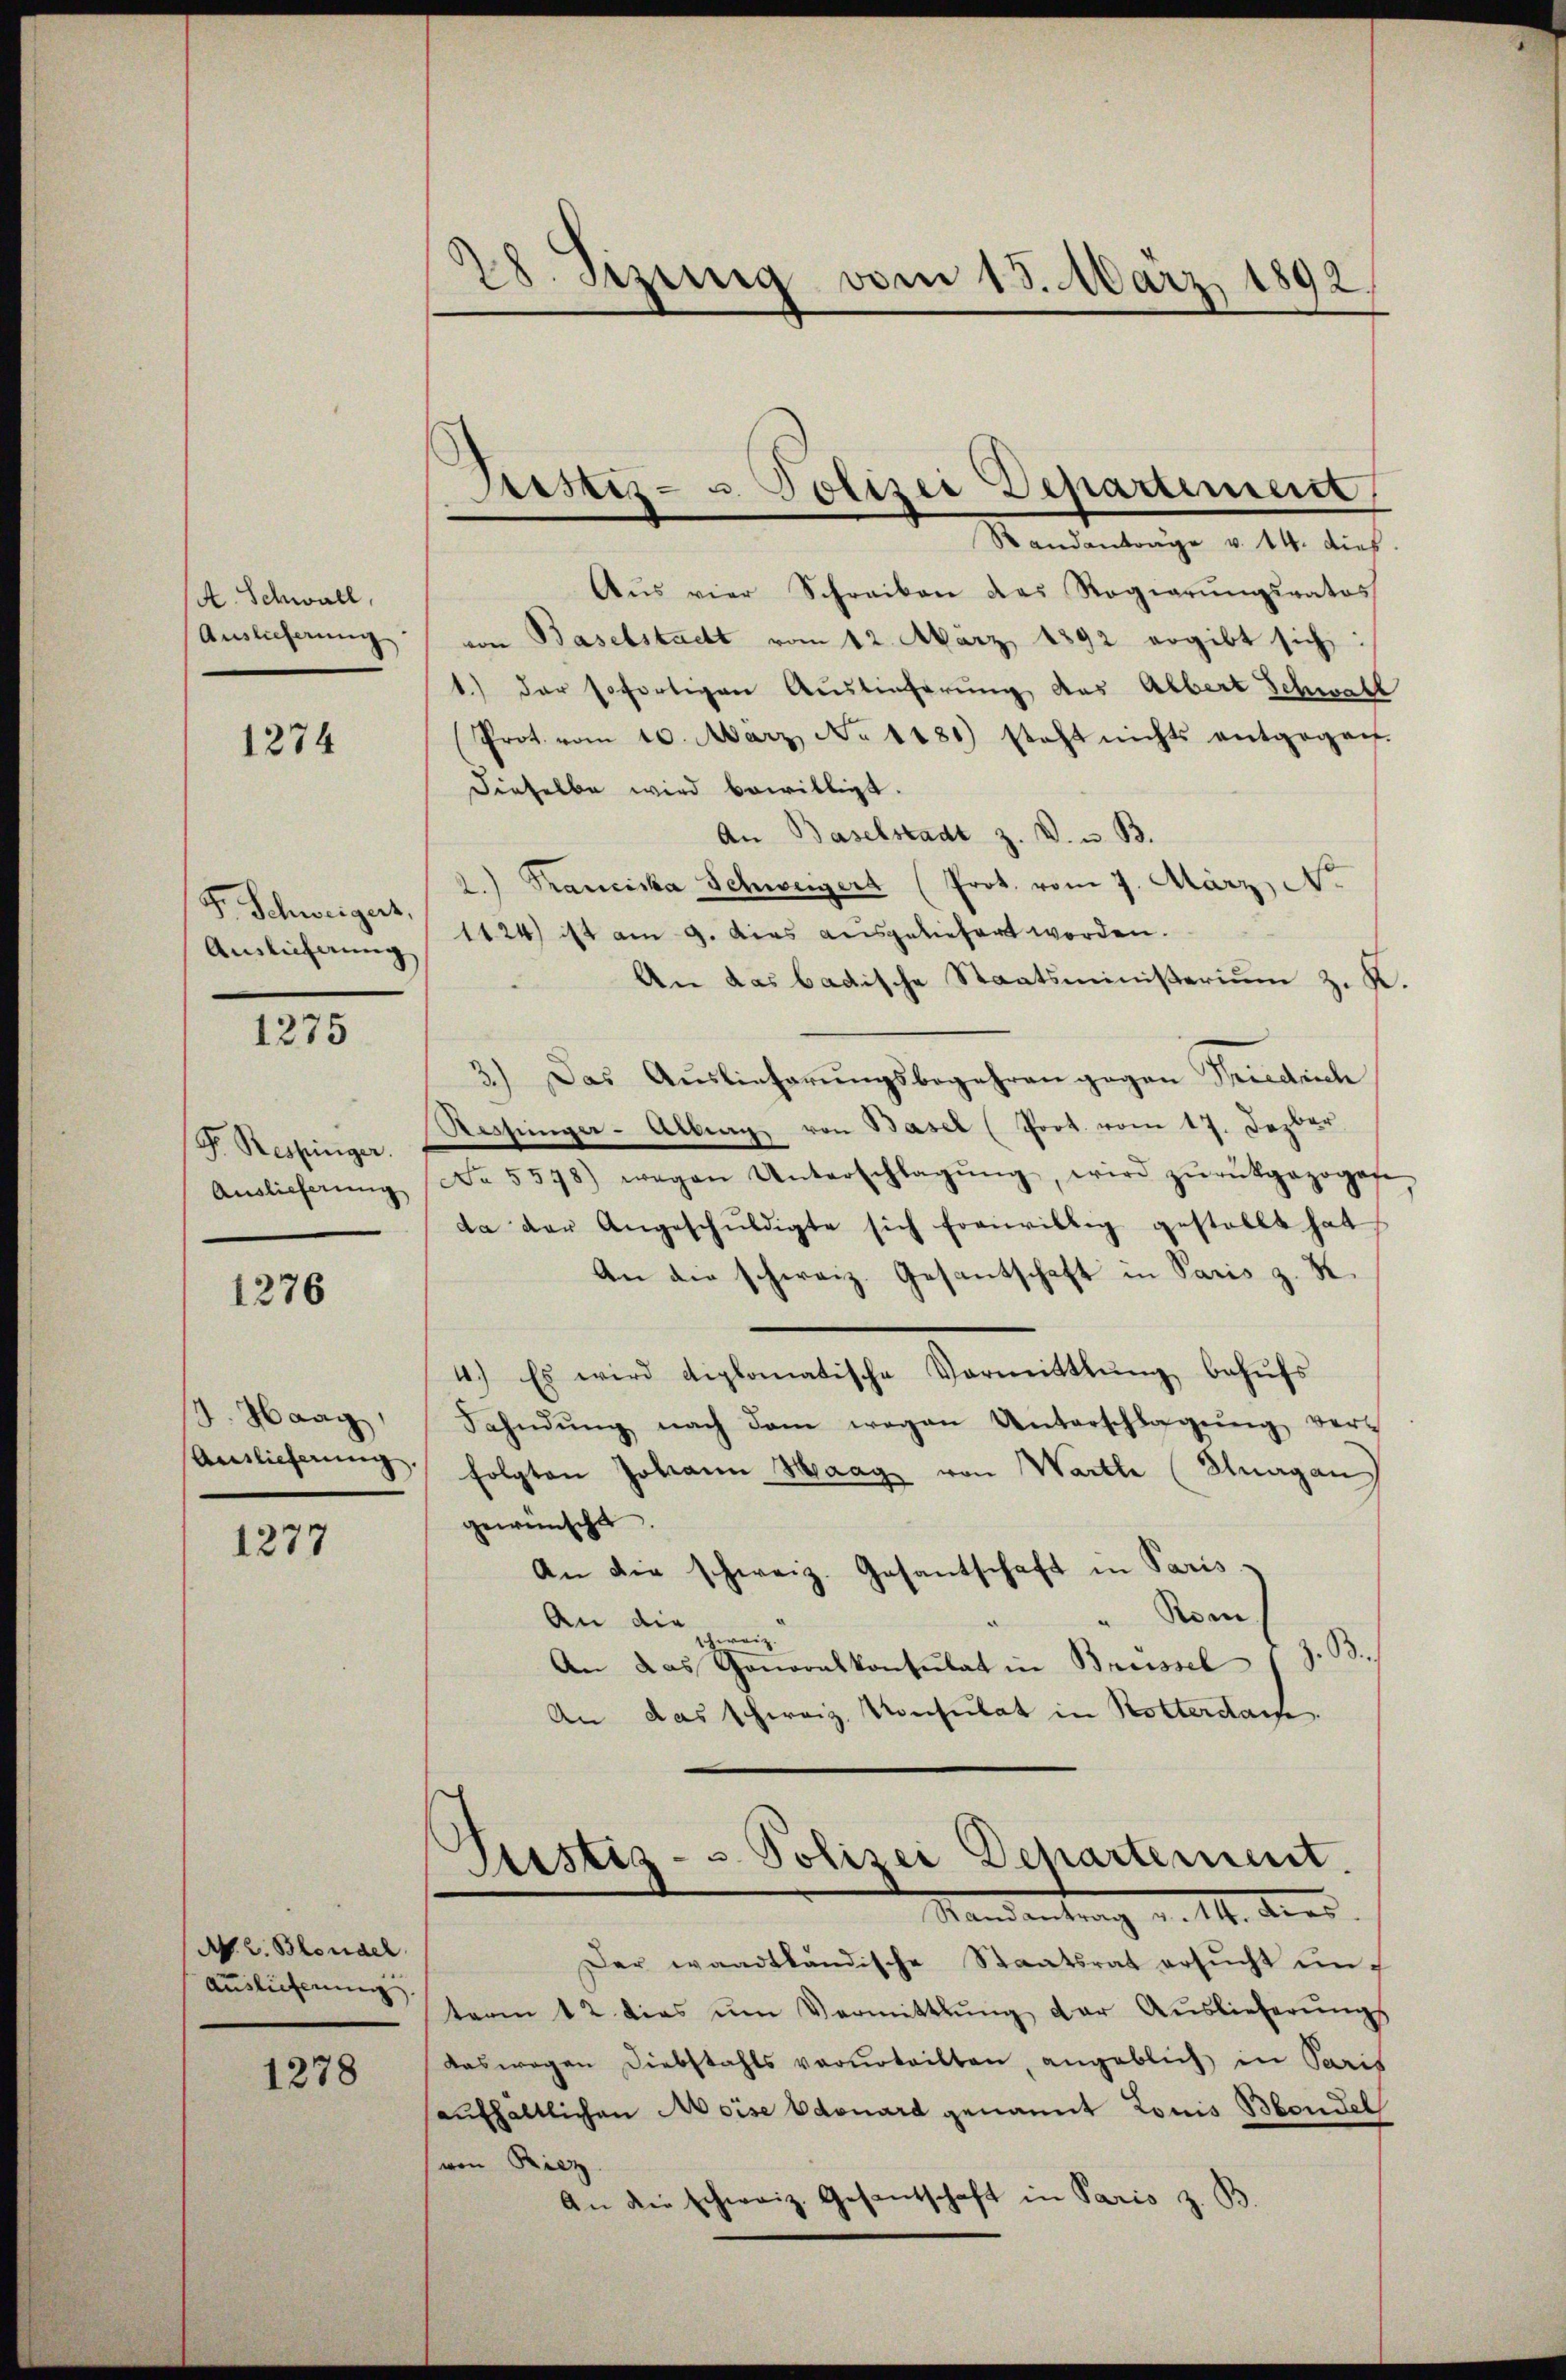
A. Schwall,
Auslieferung

1274

Auslieferung

1275

F. Respinger.

1276

Aŭs vier Schreiben das Regierŭngsrates
von Baselstadt vom 12. März 1892 ergibt sich:
1.) der sofortigen Auslieferung des Albert Schwall
Prot. vom 10. März, No 1181) steht nichts entgegen.
dieselbe wird bewilligt.
An Baselstadt z. B. u. B.
2.) Franciska Schweigert (Prot. vom 7. März, A.
F. Schweiger 1124) ist am 9. dies ausgeliefert worden.
An das badische Staatsministerium z. K.
3.) Das Auslieferŭngsbegehren gegen Friedisch
Ressinger-Albing von Basel (Poot. vom 17. Jezber
Auslieferŭng No. 5578) wegen Unterschlagŭng, wird zŭrückgezogen.
da der Angeschŭldigte sich freiwillig gestellt hat,
An die schweiz. Gesantschaft in Paris z. K.
4.) Es wird diplomatische Vormittlung behŭfs
Fahndŭng nach dem wegen Unterschlagŭng ver-
anslicherŭng folgten Johann Haag von Warte (Suagan
gewünscht.
An die schweiz. Gesantschaft in Paris
Rom.
An die zweiz.
An das Generalkonsulat in Breissel s. z. B.
An das Schweiz. Konsulat in Rotterdarf.

d. Haag,

1277

N. Z. Blondel
Auslieferung

1278

28. Sizung vom 13. März 1892.

Testiz- u Polizei Departement
Randantrage v. 14. dies

Justiz- & Polizei Departement.
Mandantrag d. 11. dies

Der waadtländische Staatsrat ersŭcht unterm 12. dies ŭm Vermittlung der Aŭslieferŭngs
daswegen Diebstahls verurteilten, angeblich in Paris
aufhältlichen Moise Edouard genannt Louis Bondel
(von Ricz
An die schweiz. Gesantschaft in Paris z. B